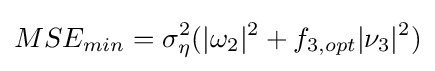
MSE_{min}=\sigma _{\eta }^{2}(|\omega _{2}|^{2}+f_{3,opt}|\nu _{3}|^{2})